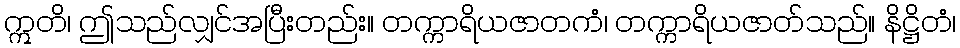
ဣတိ၊ ဤသည်လျှင်အပြီးတည်း။ တက္ကာရိယဇာတကံ၊ တက္ကာရိယဇာတ်သည်။ နိဋ္ဌိတံ၊